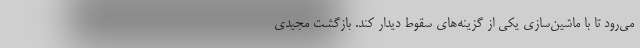
می‌رود تا با ماشین‌سازی یکی از گزینه‌های سقوط دیدار کند. بازگشت مجیدی